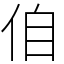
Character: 㑑